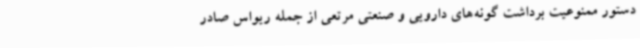
دستور ممنوعیت برداشت گونه‌های دارویی و صنعتی مرتعی از جمله ریواس صادر